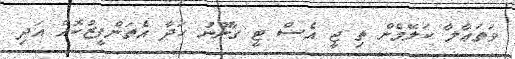
ވަތަޢާލާ ކަލޭމެން ތި ޖީ އެސް ޓީ ގާނޫނު ހަދާ އެތަންފީޒުކޮއް އަދި